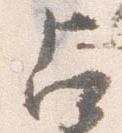
占